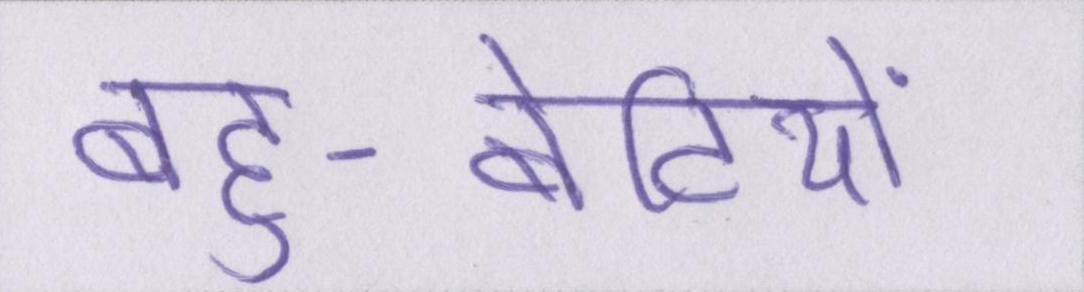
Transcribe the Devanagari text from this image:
बहु-बेटियों